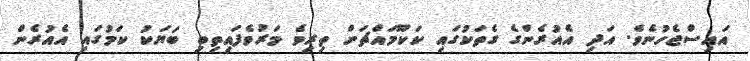
އައިސްޖެހުނެވެ. އަދި އެއުރެންގެ ގެތަކުގައި ކަކޫމައްޗަށް ތިރިވެ މަރުވެފައިތިބި ބަޔަކު ކަމުގައި އެއުރެން